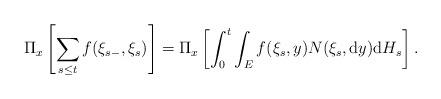
LaTeX: \begin{align*}\Pi_{x}\left[\sum_{s\le t}f(\xi_{s-},\xi_{s})\right]=\Pi_{x}\left[\int_{0}^{t}\int_{E}f(\xi_{s},y)N(\xi_{s},{\rm d}y){\rm d}H_s\right].\end{align*}